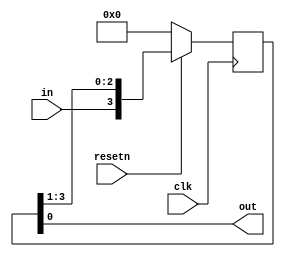
module top_module (
    input clk,
    input resetn,
    input in,
    output out
);
    reg [3:0] DFF;

    assign out = DFF[0];
    always @(posedge clk) begin
        if(!resetn) begin
            DFF <= 0;
        end
        else begin
            DFF <= {in,DFF[3:1]};
        end
    end

endmodule